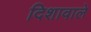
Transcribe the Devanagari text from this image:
दिशावाले